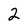
Character: 2